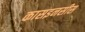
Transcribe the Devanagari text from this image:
कासइनसीस